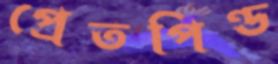
প্রেতপিণ্ড